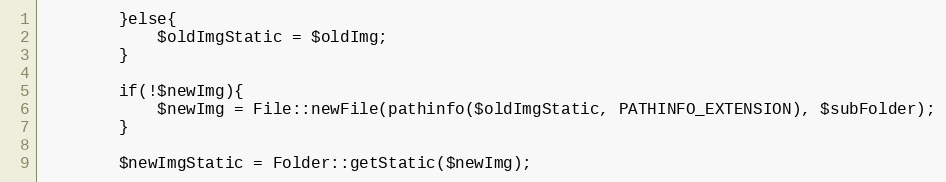
Language: PHP
        }else{
            $oldImgStatic = $oldImg;
        }

        if(!$newImg){
            $newImg = File::newFile(pathinfo($oldImgStatic, PATHINFO_EXTENSION), $subFolder);
        }

        $newImgStatic = Folder::getStatic($newImg);